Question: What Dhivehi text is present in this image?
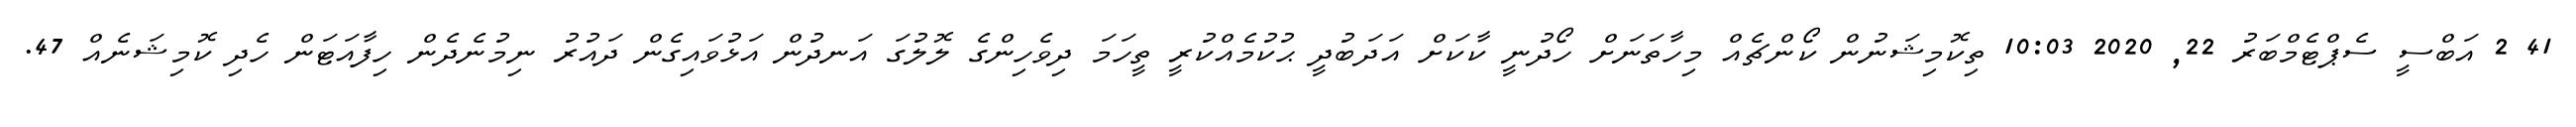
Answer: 41 2 އަބްސީ ސެޕްޓެމްބަރު 22, 2020 10:03 ތިކޮމިޝަނުން ކޯންޗެއް މިހާތަނަށް ހޯދުނީ ކާކަށް އަދަބުދީ ޙުކުމެއްކުރީ ތީހަމަ ދިވެހިންގެ ލޮލުގަ އަނދުން އަޅުވައިގެން ދައުރު ނިމުނެދެން ހިފާއަޓަން ހެދި ކޮމިޝަނެއް 47.